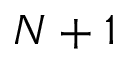
N + 1